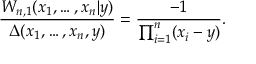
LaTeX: \frac { W _ { n , 1 } ( x _ { 1 } , \ldots , x _ { n } | y ) } { \Delta ( x _ { 1 } , \ldots , x _ { n } , y ) } = \frac { - 1 } { \prod _ { i = 1 } ^ { n } ( x _ { i } - y ) } .